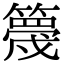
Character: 𥴸